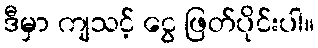
ဒီမှာ ကျသင့် ငွေ ဖြတ်ပိုင်းပါ။